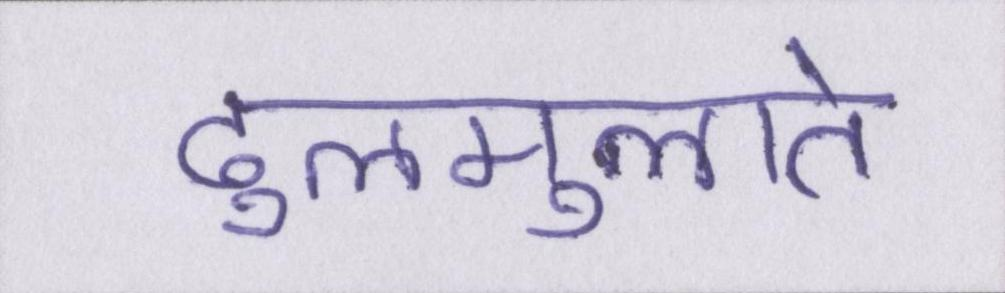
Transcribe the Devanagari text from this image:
ढुलमुलाते